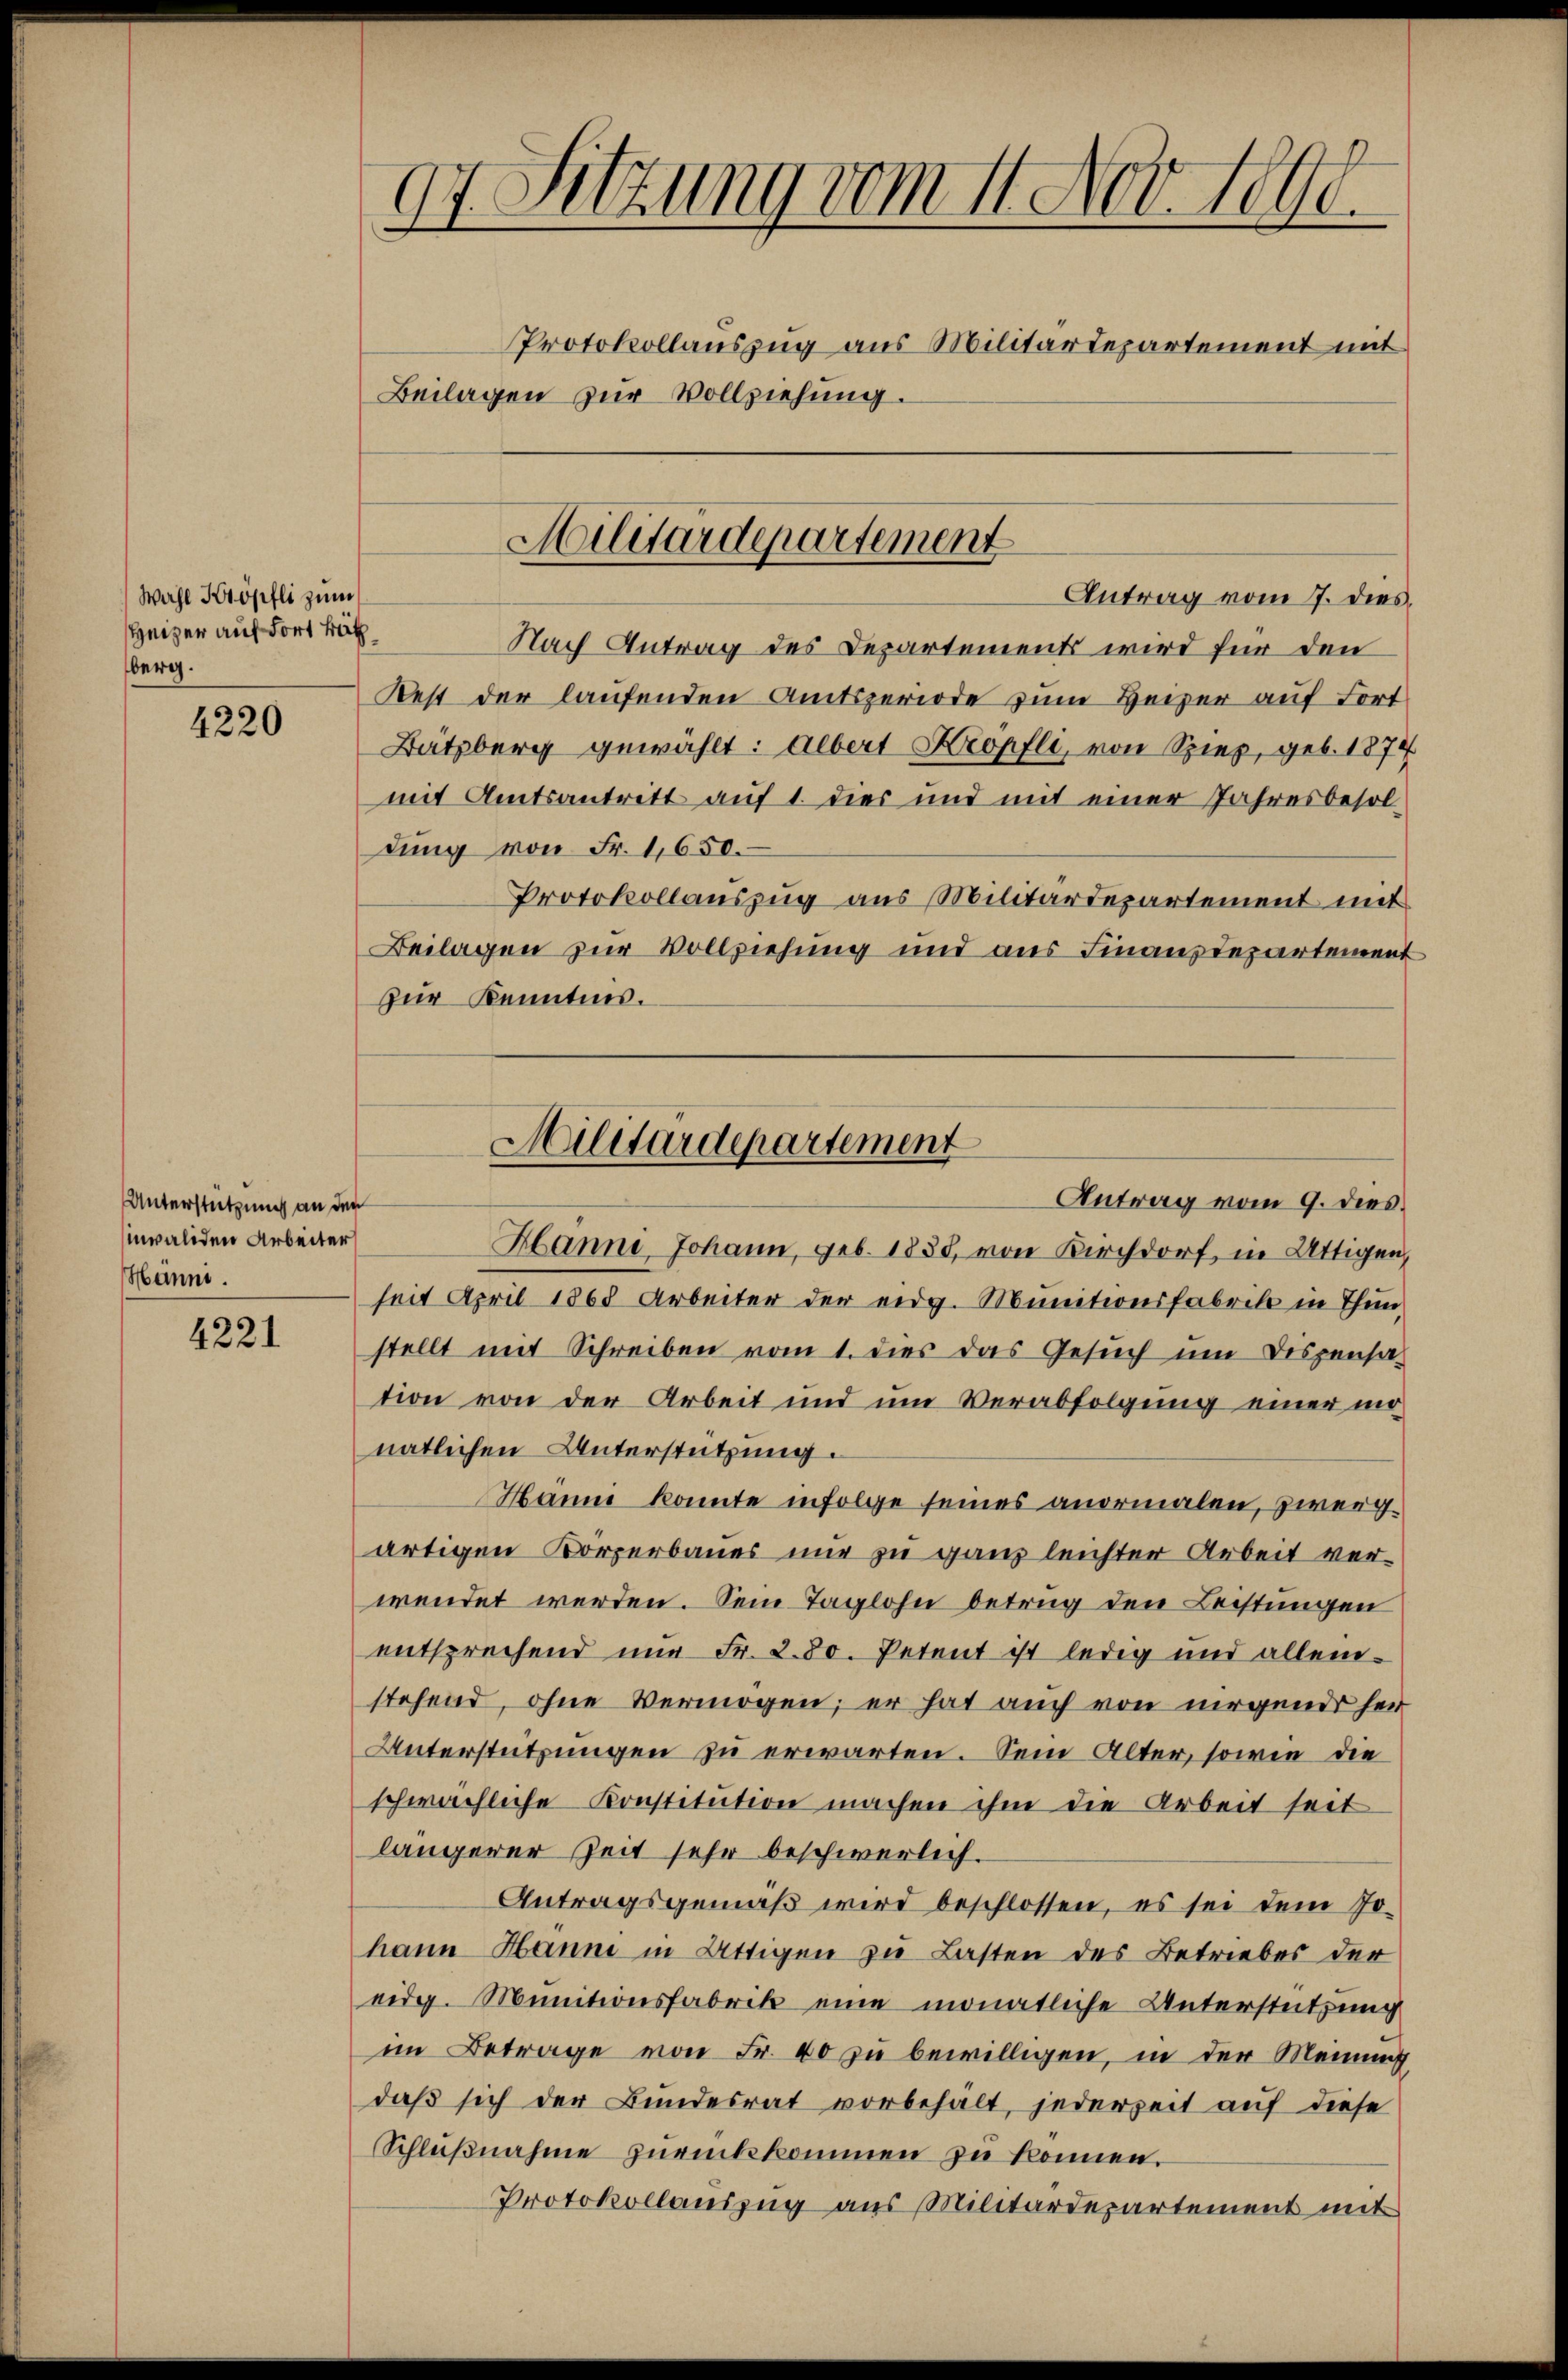
Wahl Kröpfli zum
Heizer auf dort Bit
berg.

4220

Unterstützung an der
invaliden Arbeiter
Heinni.

4221

97. Sitzung vom 11. Nov. 1890.
Protokollauszug aus Militärdepartement mit
Beilagen zur Vollziehung.

Nach Antrag des Departement wird für den
Rest der laufenden Amtsperiode zum Heizer auf Fort
Bätzberg gewählt: Albert Kropfli, von Spiez, geb. 1874
mit Amtsantritt auf 1. dies und mit einer Jahresbesol
dung von Fr. 1650.
Protokollauszug aus Militärdepartement mit
Beilagen zur Vollziehung und aus Finanzdepartement
Zur Kenntnis.

Militärdepartement
Antrag vom 7. dies

seit April 1868 Arbeiter der eidg. Munitionsfabrik in Thun,
stellt mit Schreiben vom 1. dies das Gesuch um Dispensa-
tion von der Arbeit und um Verabfolgung einer monatlichen Unterstützung.
Hanne konnte infolge seines anormalen, zweig
artigen Körperbaues nur zu ganz leichter Arbeit verwendet werden. Sein Taglohn betrug den Leistungen
entsprechend nur Fr. 280. Petent ist ledig und allein-
stehend, ohne Vermögen; er hat auch von nirgende herr
Unterstützungen zu erwarten. Sein Alter, sowie die
schwächliche Konstitution machen ihm die Arbeit seit
längerer Zeit sehr beschwerlich.
Antragsgemäß wird beschlossen, es sei dem Jo-
hann Hanne in Attigen zu Lasten des Betriebes der
eidg. Munitionsfabrik eine monatliche Untersteitzung
im Betrage von Fr. 40 zu bewilligen, in der Meinung
daβ sich der Bundesrat vorbehält, jederzeit auf diese
Schlŭβnahme zŭrückkommen zu können.
Protokollauszug aus Militärdepartement mit

Militärdepartement
Antrag vom 9. dies.
Hanni Johann, geb. 1838, von Kirchdorf, in Uttigen,